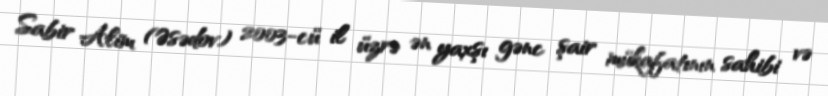
Sabir Alim (Əsədov) 2003-cü il üzrə ən yaxşı gənc şair mükafatının sahibi və